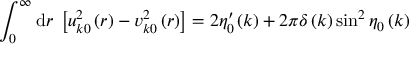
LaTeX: \int _ { 0 } ^ { \infty } \mathrm { d } r \; \left[ u _ { k 0 } ^ { 2 } \left( r \right) - v _ { k 0 } ^ { 2 } \left( r \right) \right] = 2 \eta _ { 0 } ^ { \prime } \left( k \right) + 2 \pi \delta \left( k \right) \sin ^ { 2 } \eta _ { 0 } \left( k \right)